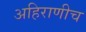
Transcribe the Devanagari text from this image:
अहिराणीच